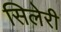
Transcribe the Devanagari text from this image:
सिलेरी